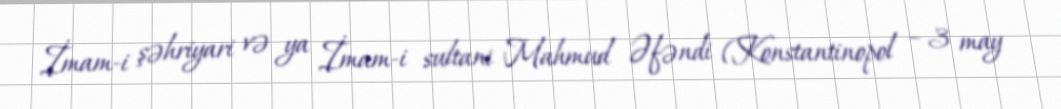
İmam-i şəhriyari və ya İmam-i sultani Mahmud Əfəndi (Konstantinopol – 3 may